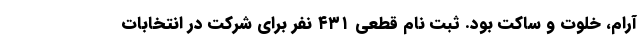
آرام، خلوت و ساکت بود. ثبت نام قطعی ۴۳۱ نفر برای شرکت در انتخابات